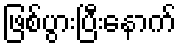
ဖြစ်ပွားပြီးနောက်